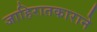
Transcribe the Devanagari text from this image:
जाहिरातकाराने